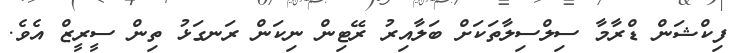
ފިކްޝަން ޑްރާމާ ސިލްސިލާތަކަށް ބަލާއިރު ރޭޓިން ނިކަން ރަނގަޅު ތިން ސީރީޒް އެވެ.